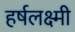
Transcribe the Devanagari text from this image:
हर्षलक्ष्मी